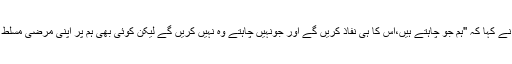
سوڈانی صدر نے کہا کہ ''ہم جو چاہتے ہیں،اس کا ہی نفاذ کریں گے اور جونہیں چاہتے وہ نہیں کریں گے لیکن کوئی بھی ہم پر اپنی مرضی مسلط نہیں کر سکتا۔